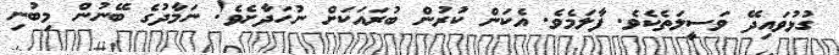
ގުޅުވައިދޭ ވަސީލަތެކެވެ. ފާލަމެވެ. އެކަން ކުރުން ބުރައަކަށް ނުހަދާށެވެ! ނަމާދުގެ ބޭނުން މިބުނި